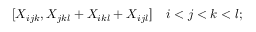
[ X _ { i j k } , X _ { j k l } + X _ { i k l } + X _ { i j l } ] \quad i < j < k < l ;